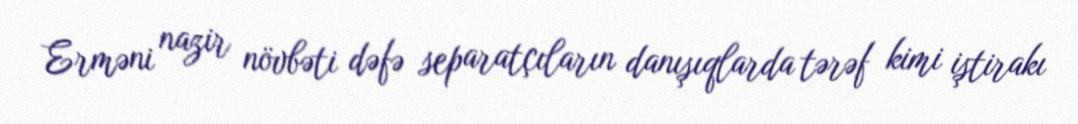
Erməni nazir növbəti dəfə separatçıların danışıqlarda tərəf kimi iştirakı